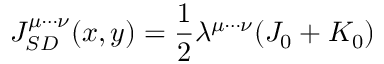
J _ { S D } ^ { \mu \cdots \nu } ( x , y ) = \frac { 1 } { 2 } \lambda ^ { \mu \cdots \nu } ( J _ { 0 } + K _ { 0 } )